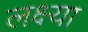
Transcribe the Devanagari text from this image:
लक्ष्‍या